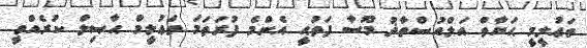
ތަޢުލީމީ ޙަޔާތް އަލްއުސްތާޛު މޫސާ ފަތުޙީ އެންމެ ފުރަތަމަ ތަޢުލީމް ޙާޞިލް ކުރެއްވީ